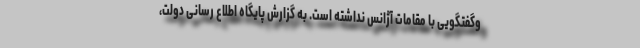
وگفتگویی با مقامات آژانس نداشته است. به گزارش پایگاه اطلاع رسانی دولت،